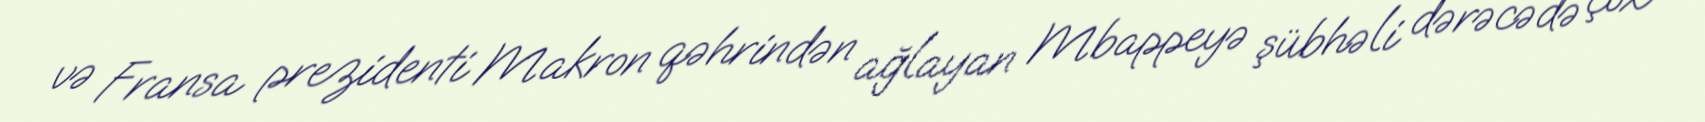
və Fransa prezidenti Makron qəhrindən ağlayan Mbappeyə şübhəli dərəcədə çox